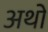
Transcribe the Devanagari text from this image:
अथों